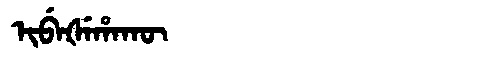
Manchu: ᡳᠪᡝᡧᡝᡥᠠᡴᡡ
Romanization: IBEŠEHAKŪ